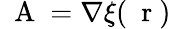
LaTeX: \mathrm{~\mathbf~A~}=\nabla\xi(\mathrm{~\mathbf~r~})